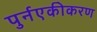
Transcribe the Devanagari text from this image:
पुर्नएकीकरण